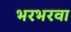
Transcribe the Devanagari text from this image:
भरभरवा